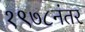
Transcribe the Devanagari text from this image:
१९७८नंतर